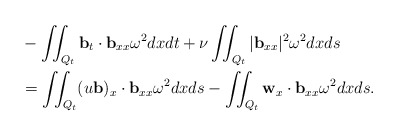
\begin{align*} &-\iint_{Q_t} \mathbf{b}_t\cdot \mathbf{b}_{xx}\omega^2 dxdt+\nu\iint_{Q_t} |\mathbf{b}_{xx}|^2\omega^2 dxds\\ &=\iint_{Q_t} (u\mathbf{b})_x\cdot \mathbf{b}_{xx}\omega^2 dxds-\iint_{Q_t} \mathbf{w}_x\cdot \mathbf{b}_{xx}\omega^2 dxds. \end{align*}